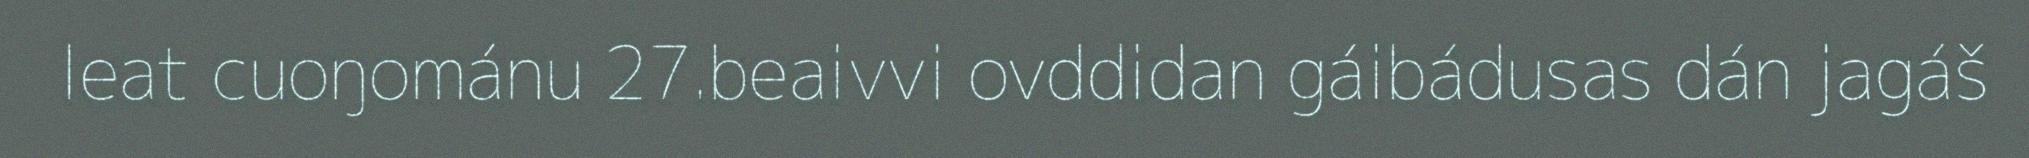
leat cuoŋománu 27.beaivvi ovddidan gáibádusas dán jagáš